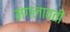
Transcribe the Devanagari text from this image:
मंगलावती